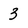
Character: 3